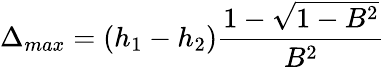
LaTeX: \Delta_{max}=(h_{1}-h_{2})\frac{1-\sqrt{1-B^{2}}}{B^{2}}